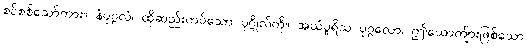
စင်စစ်သော်ကား။ နံပုဂ္ဂလံ၊ ထိုဆည်းကပ်သော ပုဂ္ဂိုလ်ကို။ အယံပူရိသ ပုဂ္ဂလော၊ ဤယောကျ်ားဖြစ်သော